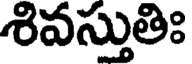
శివస్తుతిః